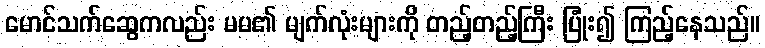
မောင်သက်ဆွေကလည်း မမ၏ မျက်လုံးများကို တည့်တည့်ကြီး ပြုံး၍ ကြည့်နေသည်။